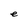
Character: e